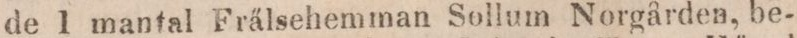
de 1 mantal Frälsehemman Sollum Norgården, be-